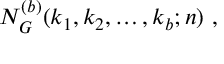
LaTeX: { \cal N } _ { G } ^ { ( b ) } ( k _ { 1 } , k _ { 2 } , \ldots , k _ { b } ; n ) \ ,